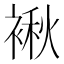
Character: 𮖝